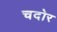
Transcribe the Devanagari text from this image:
चदोर